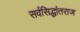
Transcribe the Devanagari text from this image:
सर्वसिद्धांतराज